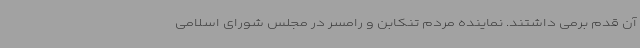
آن قدم برمی داشتند. نماینده مردم تنکابن و رامسر در مجلس شورای اسلامی